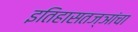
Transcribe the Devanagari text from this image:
इतिहासतज्ञांचा